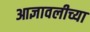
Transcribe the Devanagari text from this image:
आज्ञावलीच्या